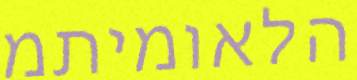
הלאומיתמ